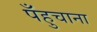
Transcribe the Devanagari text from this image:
पँहुचाना